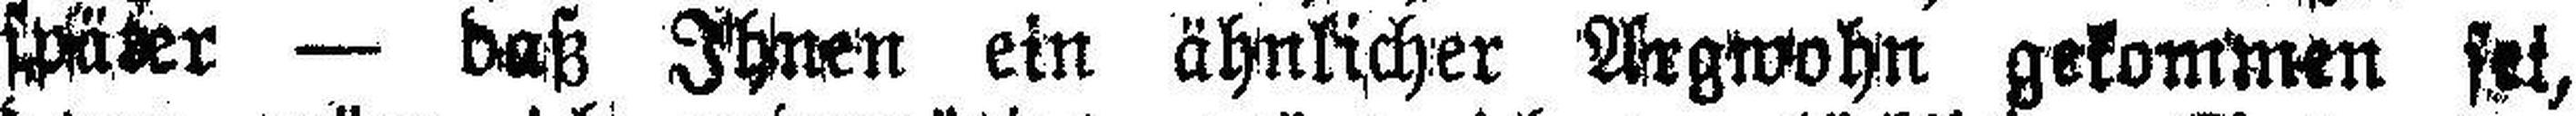
später — daß Ihnen ein ähnlicher Argwohn gekommen sei,